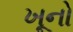
ખૂનો